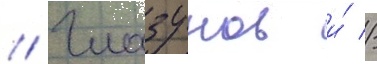
// Глазунов и́ //